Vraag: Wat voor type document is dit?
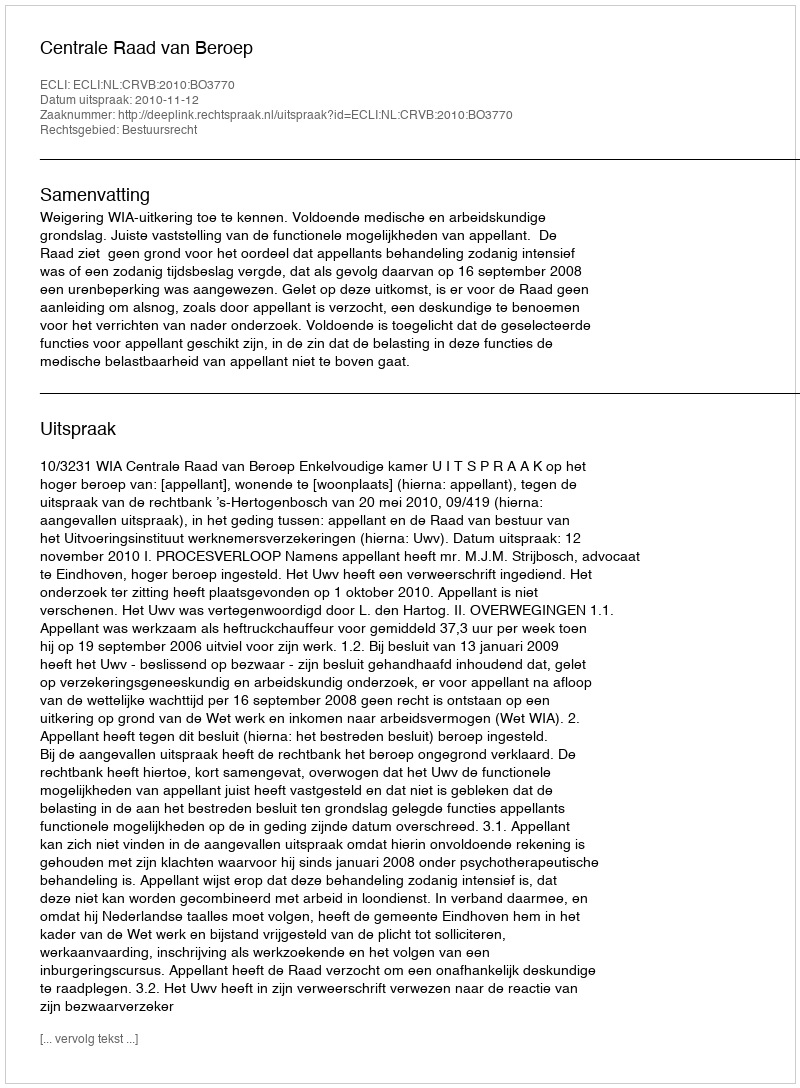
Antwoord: Uitspraak